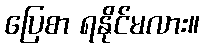
ပြေစာ ရနိုင်မလား။